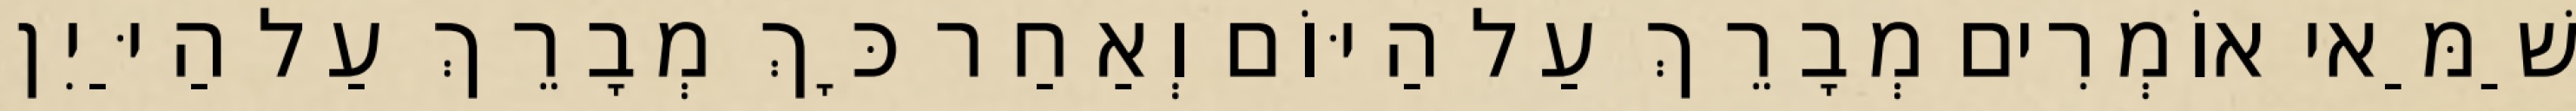
שַׁמַּאי אוֹמְרִים מְבָרֵךְ עַל הַיּוֹם וְאַחַר כָּךְ מְבָרֵךְ עַל הַיַּיִן